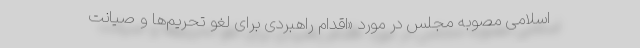
اسلامی مصوبه مجلس در مورد «اقدام راهبردی برای لغو تحریم‌ها و صیانت